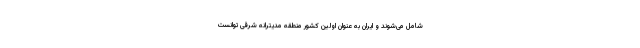
شامل می‌شوند و ایران به عنوان اولین کشور منطقه مدیترانه شرقی توانست